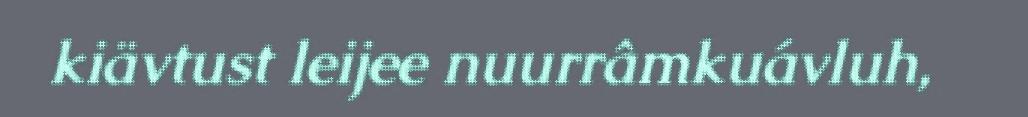
kiävtust leijee nuurrâmkuávluh,